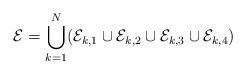
LaTeX: \begin{align*}\mathcal{E}=\bigcup_{k=1}^{N}(\mathcal{E}_{k,1}\cup \mathcal{E}_{k,2} \cup \mathcal{E}_{k,3}\cup \mathcal{E}_{k,4})\end{align*}